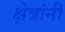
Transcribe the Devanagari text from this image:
क्षेत्रांनी